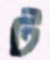
ট